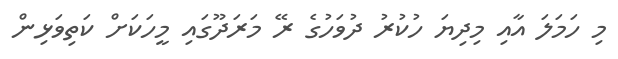
މި ހަމަލަ އާއި މިދިޔަ ހުކުރު ދުވަހުގެ ރޭ މަރަދޫގައި މީހަކަށް ކަތިވަޅިން